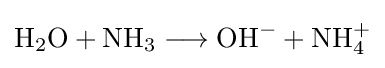
{\mathrm {H} {\vphantom {A}}_{\smash[{t}]{2}}\mathrm {O} {}+{}\mathrm {NH} {\vphantom {A}}_{\smash[{t}]{3}}{}\mathrel {\longrightarrow } {}\mathrm {OH} {\vphantom {A}}^{-}{}+{}\mathrm {NH} {\vphantom {A}}_{\smash[{t}]{4}}^{+}}